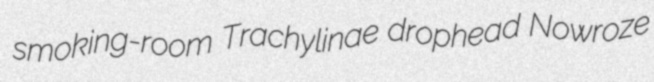
smoking-room Trachylinae drophead Nowroze